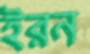
ইরন